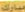
مبارك